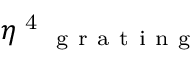
\eta \textsuperscript { 4 } _ { \mathrm { ~ g ~ r ~ a ~ t ~ i ~ n ~ g ~ } }